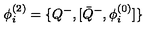
\phi _ { i } ^ { ( 2 ) } = \{ Q ^ { - } , [ { \bar { Q } } ^ { - } , \phi _ { i } ^ { ( 0 ) } ] \}